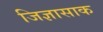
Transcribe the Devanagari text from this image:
जिज्ञासाक